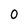
Character: 0